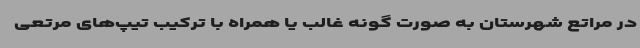
در مراتع شهرستان به صورت گونه غالب یا همراه با ترکیب تیپ‌های مرتعی